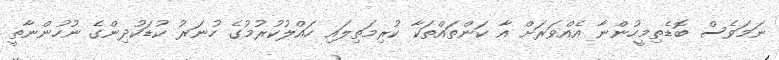
ނަމަވެސް ބޮޑެތިމީހުންނާ އެއްވަރަށް އާ ކަންތައްތަކާ ކުރިމަތިލައި ހައްލުކުރުމުގެ ހުނަރު ކުޑަކުދިންގެ ނުހުންނާތީ